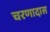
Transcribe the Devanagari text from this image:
चरणादास